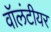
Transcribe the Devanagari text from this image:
वॉलंटीयर